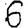
Digit: 6